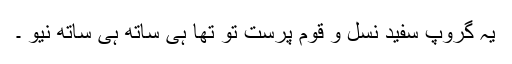
یہ گروپ سفید نسل و قوم پرست تو تھا ہی ساتھ ہی ساتھ نیو ۔